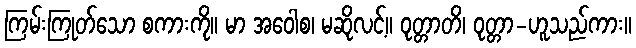
ကြမ်းကြုတ်သော စကားကို။ မာ အဝေါစ၊ မဆိုလင့်။ ဝုတ္တာတိ၊ ဝုတ္တာ-ဟူသည်ကား။